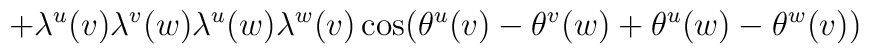
\qquad\qquad\qquad+\lambda^u(v)\lambda^v(w)\lambda^u(w)\lambda^w(v)\cos(\theta^u(v)-\theta^v(w)+\theta^u(w)-\theta^w(v))